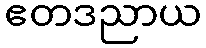
ဧတဒညာယ